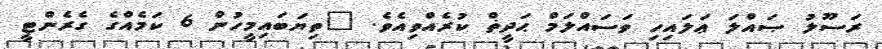
ރަސޫލު ޞައްލަ ޢަލައިހި ވަސައްލަމް ޙަދީޡް ކުރެއްވިއެވެ. "ތިޔަބައިމީހުން 6 ކަމެއްގެ ގެރެންޓީ